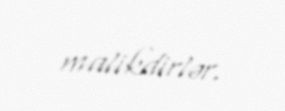
malikdirlər.